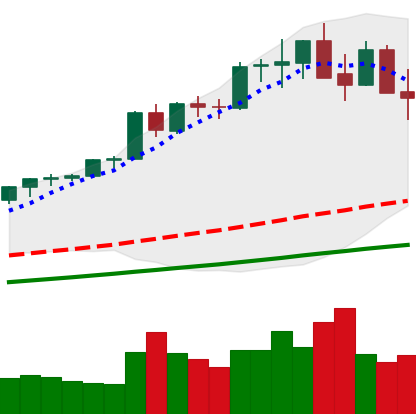
Ticker: ETH-USD
Chart end date: 2021-05-16
Forward return: -32.248%
Label: down_7plus